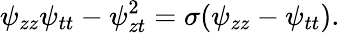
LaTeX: \psi_{zz}\psi_{tt}-\psi_{zt}^{2}=\sigma(\psi_{zz}-\psi_{tt}).